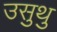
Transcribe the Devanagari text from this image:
उसुथु